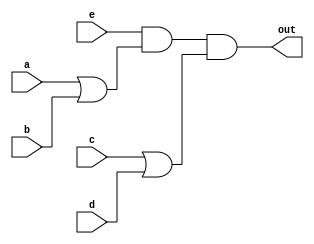
module orand (
  input a, b, c, d, e,
  output out
);
  assign out = e & (a | b) & (c | d);
  
endmodule